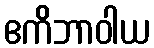
ဧကိဘာဝါယ